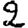
Digit: 2